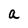
Character: a